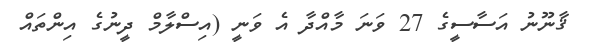
ޤާނޫނު އަސާސީގެ 27 ވަނަ މާއްދާ އެ ވަނީ (އިސްލާމް ދީނުގެ އިންތައް